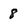
Character: 8